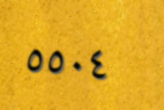
٥٥٠٤